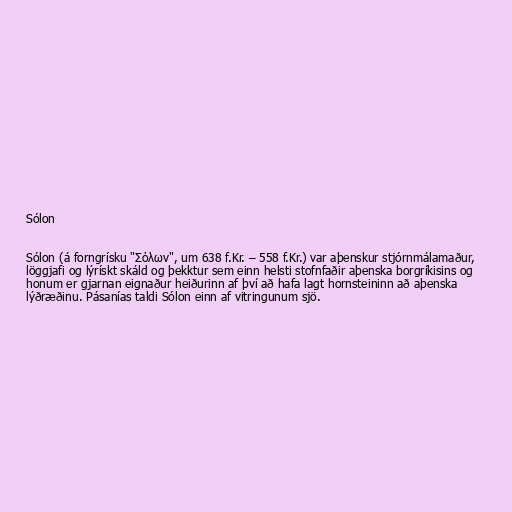
Sólon

Sólon (á forngrísku "Σόλων", um 638 f.Kr. – 558 f.Kr.) var aþenskur stjórnmálamaður,
löggjafi og lýrískt skáld og þekktur sem einn helsti stofnfaðir aþenska borgríkisins og
honum er gjarnan eignaður heiðurinn af því að hafa lagt hornsteininn að aþenska
lýðræðinu. Pásanías taldi Sólon einn af vitringunum sjö.